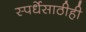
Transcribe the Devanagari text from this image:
स्पर्धेसाठीही